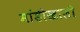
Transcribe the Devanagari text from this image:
मांडीखाली